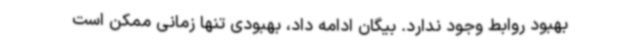
بهبود روابط وجود ندارد. بیگان ادامه داد، بهبودی تنها زمانی ممکن است